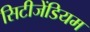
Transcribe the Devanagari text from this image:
सिटीजेंडियम